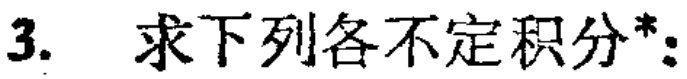
3. 求下列各不定积分*：